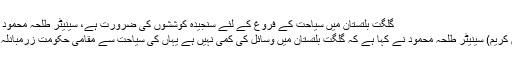
گلگت بلتستان میں سیاحت کے فروغ کے لئے سنجیدہ کوششوں کی ضرورت ہے، سینیٹر طلحہ محمود – پامیر ٹائمز
گلگت ( فرمان کریم) سینیٹر طلحہ محمود نے کہا ہے کہ گلگت بلتستان میں وسائل کی کمی نہیں ہے یہاں کی سیاحت سے مقامی حکومت زرمبادلہ کما سکتا ہے۔